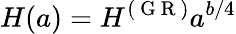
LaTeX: H(a)=H^{(\mathrm{~G~R~})}a^{b/4}